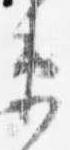
衛